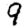
Digit: 9